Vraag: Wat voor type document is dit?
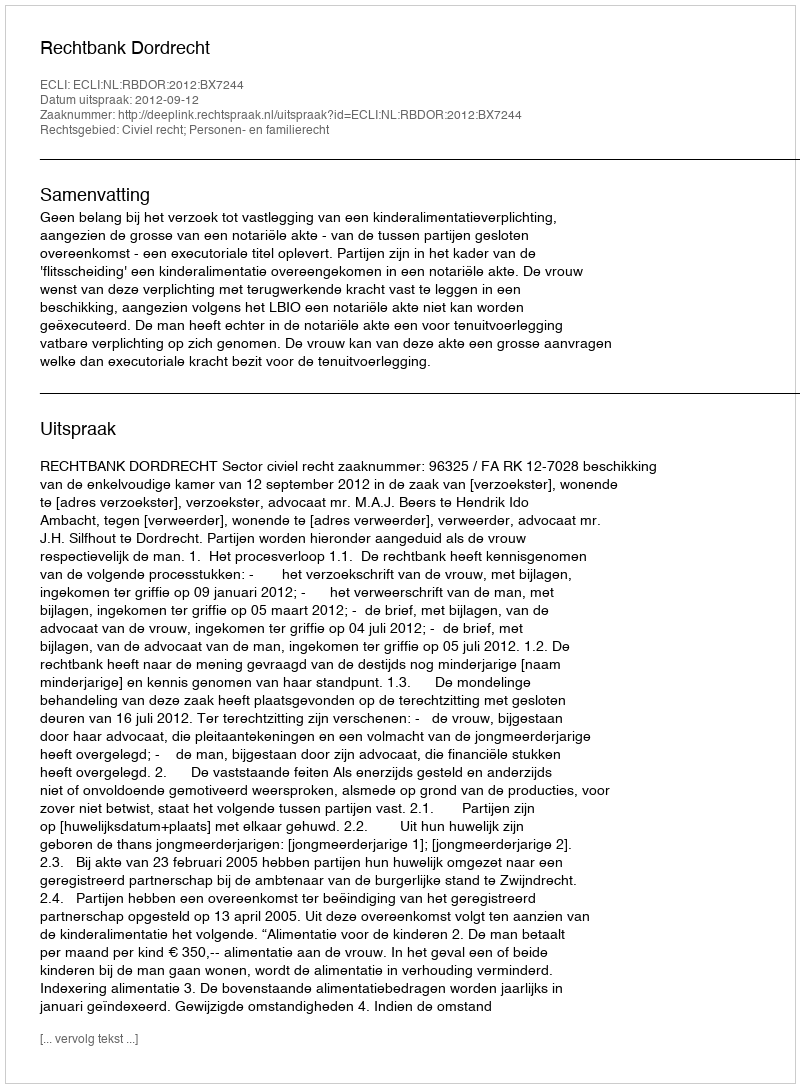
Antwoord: Uitspraak